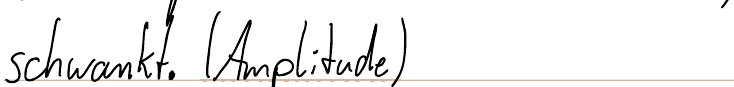
schwankt. (Amplitude)